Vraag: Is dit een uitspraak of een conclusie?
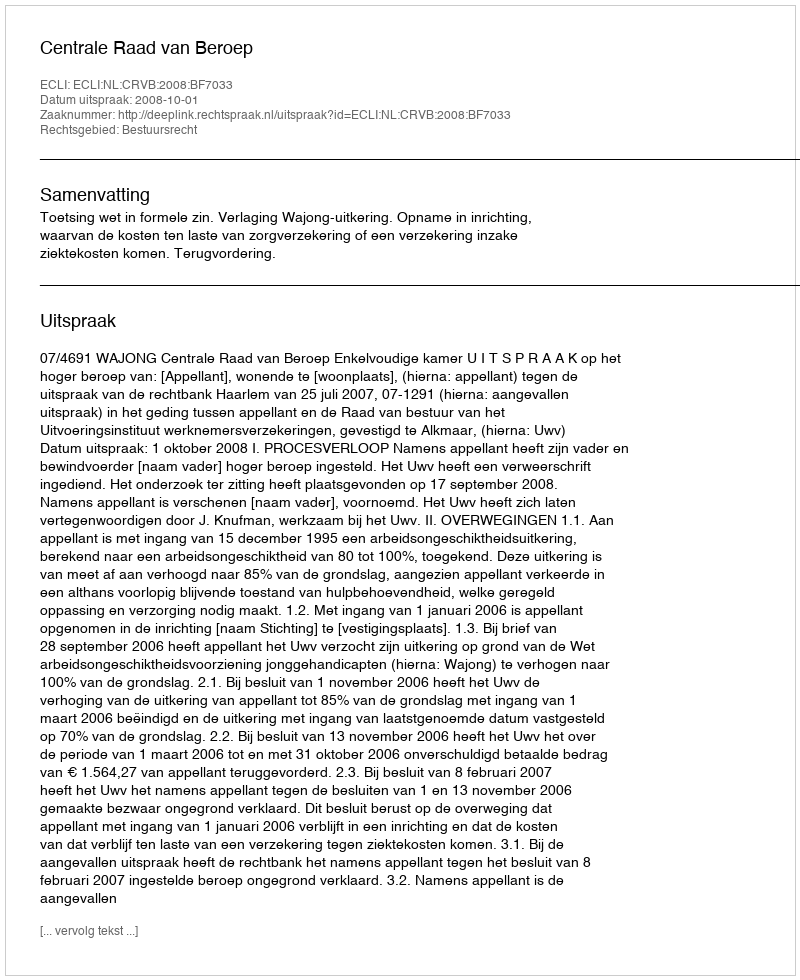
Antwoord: Uitspraak